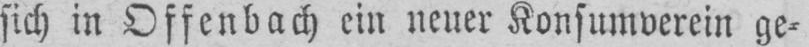
sich in Offenbach ein neuer Konsumverein ge⸗